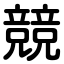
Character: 競